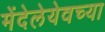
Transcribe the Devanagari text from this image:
मेंदेलेयेवच्या